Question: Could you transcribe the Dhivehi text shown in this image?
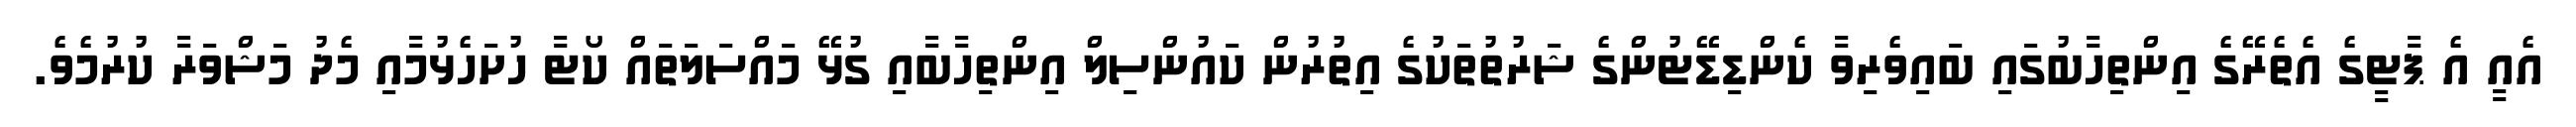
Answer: އެއީ އެ ޕާޓީގެ އެތެރޭގެ އިންތިހާބުގައި ބައިވެރިވާ ކެންޑިޑޭޓުންގެ ޝަރުތުތަކުގެ އިތުރުން ކައުންސިލް އިންތިހާބާއި ގުޅޭ މައްސަލަތައް ކޯޓާ ހުށަހެޅުމާއި މެދު މަޝްވަރާ ކުރުމެވެ.